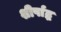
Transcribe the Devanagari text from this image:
शीर्षाद्ध